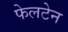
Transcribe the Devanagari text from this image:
फेलटेन